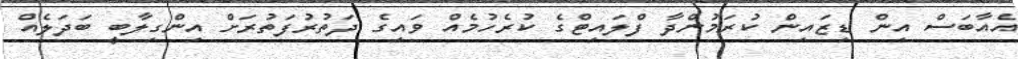
އެއާބަސް އިން ޑިޒައިން ކުރަމުންދާ ފްލައިޓްގެ ކުރެހުމެއް ވައިގެ ދަތުރުފަތުރަށް އިންގިލާބީ ބަދަލެއް